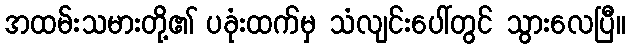
အထမ်းသမားတို့၏ ပခုံးထက်မှ သံလျင်းပေါ်တွင် သွားလေပြီ။